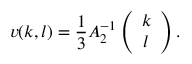
v ( k , l ) = \frac { 1 } { 3 } A _ { 2 } ^ { - 1 } \left( \begin{array} { c } { { k } } \\ { { l } } \end{array} \right) .